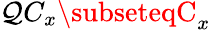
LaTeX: \mathcal{Q}C_{x}\subseteqC_{x}